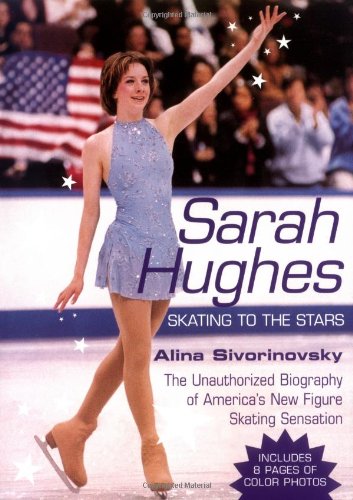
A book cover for Sarah Hughes Biography: Skating to the Stars; Alina Adams; Sports & Outdoors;